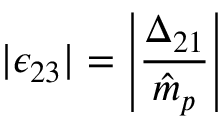
| \epsilon _ { 2 3 } | = \left| \frac { \Delta _ { 2 1 } } { \hat { m } _ { p } } \right|